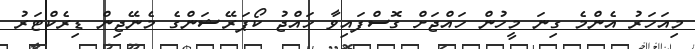
މިއަހަރު އެންމެ ގިނަ މީހުން ހައްޖަށް ގޮސްފައިވާ ހައްޖު ކޯޕަރޭޝަންގެ މެނޭޖިން ޑިރެކްޓަރު